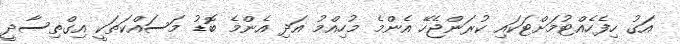
އަގު ހިފެހެއްޓުމަށްޓަކައި ކުރަންޖެހޭ އެންމެ މުހިއްމު އަދި އެންމެ ބޮޑު މަސައްކަތަކީ އިގްތިސާދީ